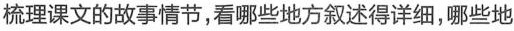
梳理课文的故事情节，看哪些地方叙述得详细，哪些地